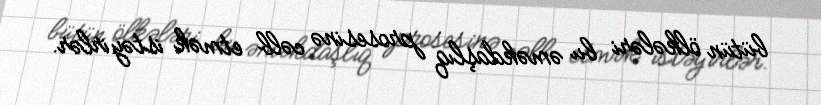
bütün ölkələri bu əməkdaşlıq prosesinə cəlb etmək istəyirlər.